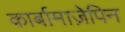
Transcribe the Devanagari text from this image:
कार्बामाज़ेपिन